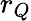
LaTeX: r_{Q}